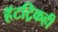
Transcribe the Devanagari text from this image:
हॅटट्रिकही